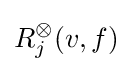
R_{j}^{\otimes }(v,f)